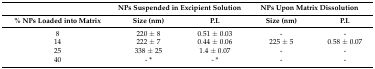
<table><thead><tr><td></td><td colspan="2"><b>NPs Suspended in Excipient Solution</b></td><td colspan="2"><b>NPs Upon Matrix Dissolution</b></td></tr><tr><td><b>% NPs Loaded into Matrix</b></td><td><b>Size (nm)</b></td><td><b>P.I.</b></td><td><b>Size (nm)</b></td><td><b>P.I.</b></td></tr></thead><tbody><tr><td>8</td><td>220 ± 8</td><td>0.51 ± 0.03</td><td>-</td><td>-</td></tr><tr><td>14</td><td>222 ± 7</td><td>0.44 ± 0.06</td><td>225 ± 5</td><td>0.58 ± 0.07</td></tr><tr><td>25</td><td>338 ± 25</td><td>1.4 ± 0.07</td><td>-</td><td>-</td></tr><tr><td>40</td><td>- *</td><td>- *</td><td>-</td><td>-</td></tr></tbody></table>